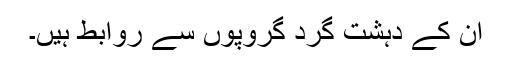
ان کے دہشت گرد گروپوں سے روابط ہیں۔